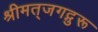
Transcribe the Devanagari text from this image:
श्रीमत्‌जगद्गुरू